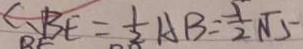
B E = \frac { 1 } { 2 } A B = \frac { 1 } { 2 } \sqrt { 5 }